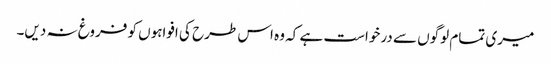
میری تمام لوگوں سے درخواست ہے کہ وہ اس طرح کی افواہوں کو فروغ نہ دیں۔